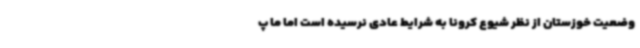
وضعیت خوزستان از نظر شیوع کرونا به شرایط عادی نرسیده است اما ما پ